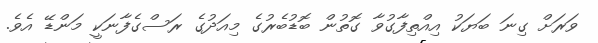
ވަރަށް ގިނަ ބަޔަކު އިއްތިފާގުވާ ގޮތުން ބޮޑުބެރުގެ މިއަދުގެ ރަސްގެފާނަކީ މަންޑޭ އެވެ.